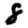
Digit: 8